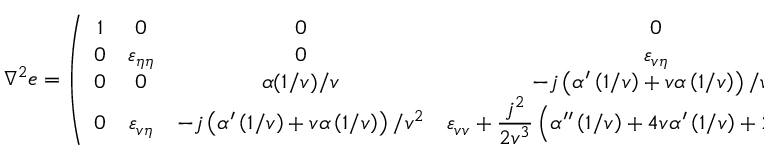
\everymath { \displaystyle } \nabla ^ { 2 } e = \left( \begin{array} { c c c c } { 1 } & { 0 } & { 0 } & { 0 } \\ { 0 } & { \varepsilon _ { \eta \eta } } & { 0 } & { \varepsilon _ { v \eta } } \\ { 0 } & { 0 } & { \alpha ( 1 / v ) / v } & { - j \left( \alpha ^ { \prime } \left( 1 / v \right) + v \alpha \left( 1 / v \right) \right) / v ^ { 2 } } \\ { 0 } & { \varepsilon _ { v \eta } } & { - j \left( \alpha ^ { \prime } \left( 1 / v \right) + v \alpha \left( 1 / v \right) \right) / v ^ { 2 } } & { \varepsilon _ { v v } + \frac { j ^ { 2 } } { 2 v ^ { 3 } } \left( \alpha ^ { \prime \prime } \left( 1 / v \right) + 4 v \alpha ^ { \prime } \left( 1 / v \right) + 2 v ^ { 2 } \alpha \left( 1 / v \right) \right) } \end{array} \right) .